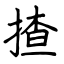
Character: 揸